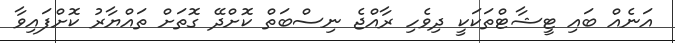
އަނެއް ބައި ޓީޝާޓްތަކަކީ ދިވެހި ރާއްޖެ ނިސްބަތް ކޮށްދޭ ގޮތަށް ތައްޔާރު ކޮށްފައިވާ